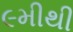
૯મીથી